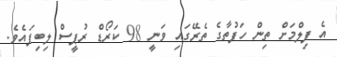
އެ ފިލްމަށް ތިން ހަފުތާގެ ތެރޭގައި ވަނީ 98 ކަރޯޑް ރުޕީސް ލިބިފައެވެ.